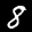
Label: 8